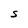
Character: S